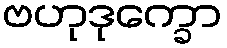
ဗဟုဒုက္ခော